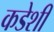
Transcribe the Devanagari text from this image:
कडेशी